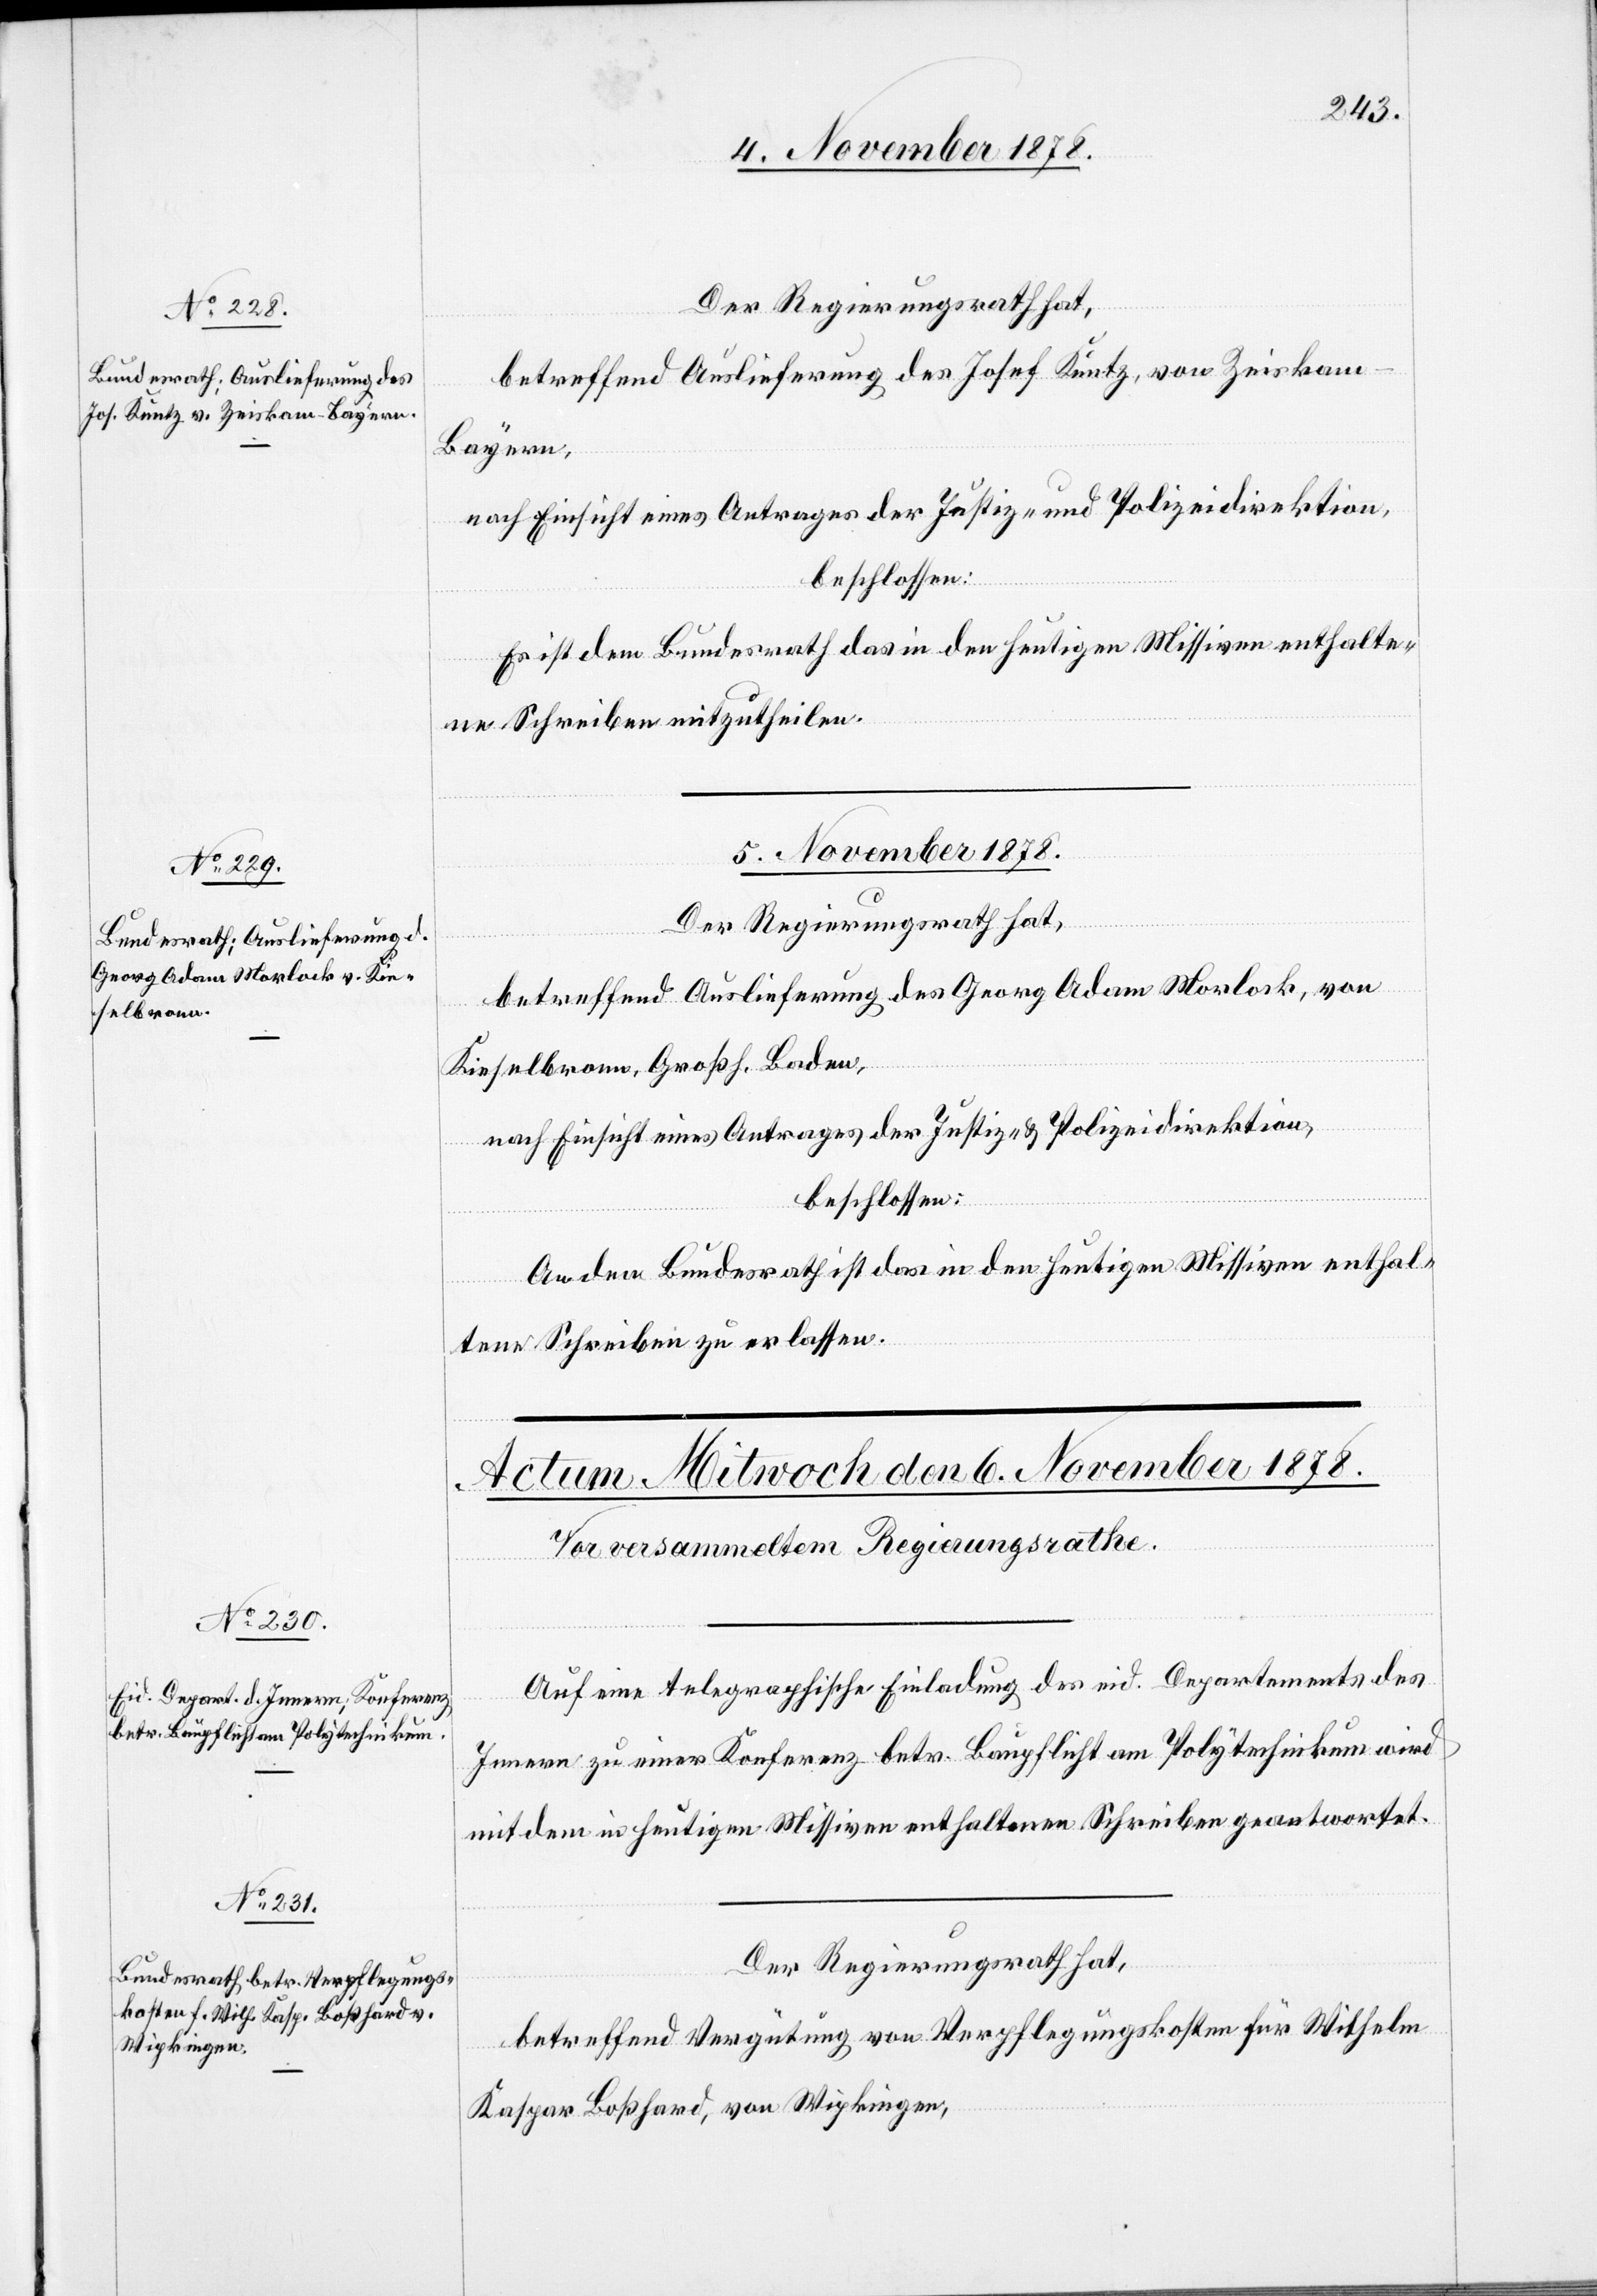
4. November 1878.]
Der Regierungsrath hat,
betreffend Auslieferung des Josef Kuntz, von Zeiskam
Bayern,
Es ist dem Bundesrath das in den heutigen Missiven enthalte¬
ne Schreiben mitzutheilen.
5. November 1878.
Der Regierungsrath hat,
betreffend Auslieferung des Georg Adam Morlock, von
Kieselbronn, Groß. Baden,
nach Einsicht eines Antrages der Justiz- & Polizeidirektion,
beschlossen:
An den Bundesrath ist das in den heutigen Missiven enthal¬
tene Schreiben zu richten.
Auf eine telegraphische Einladung des eid. Departements des
Innern zu einer Konferenz betr. Baupflicht am Polytechnikum wird
mit dem in heutigen Missiven enthaltenen Schreiben geantwortet.
Der Regierungsrath hat,
betreffend Vergütung von Verpflegungskosten für Wilhelm
Kaspar Boßhard, von Wipkingen,